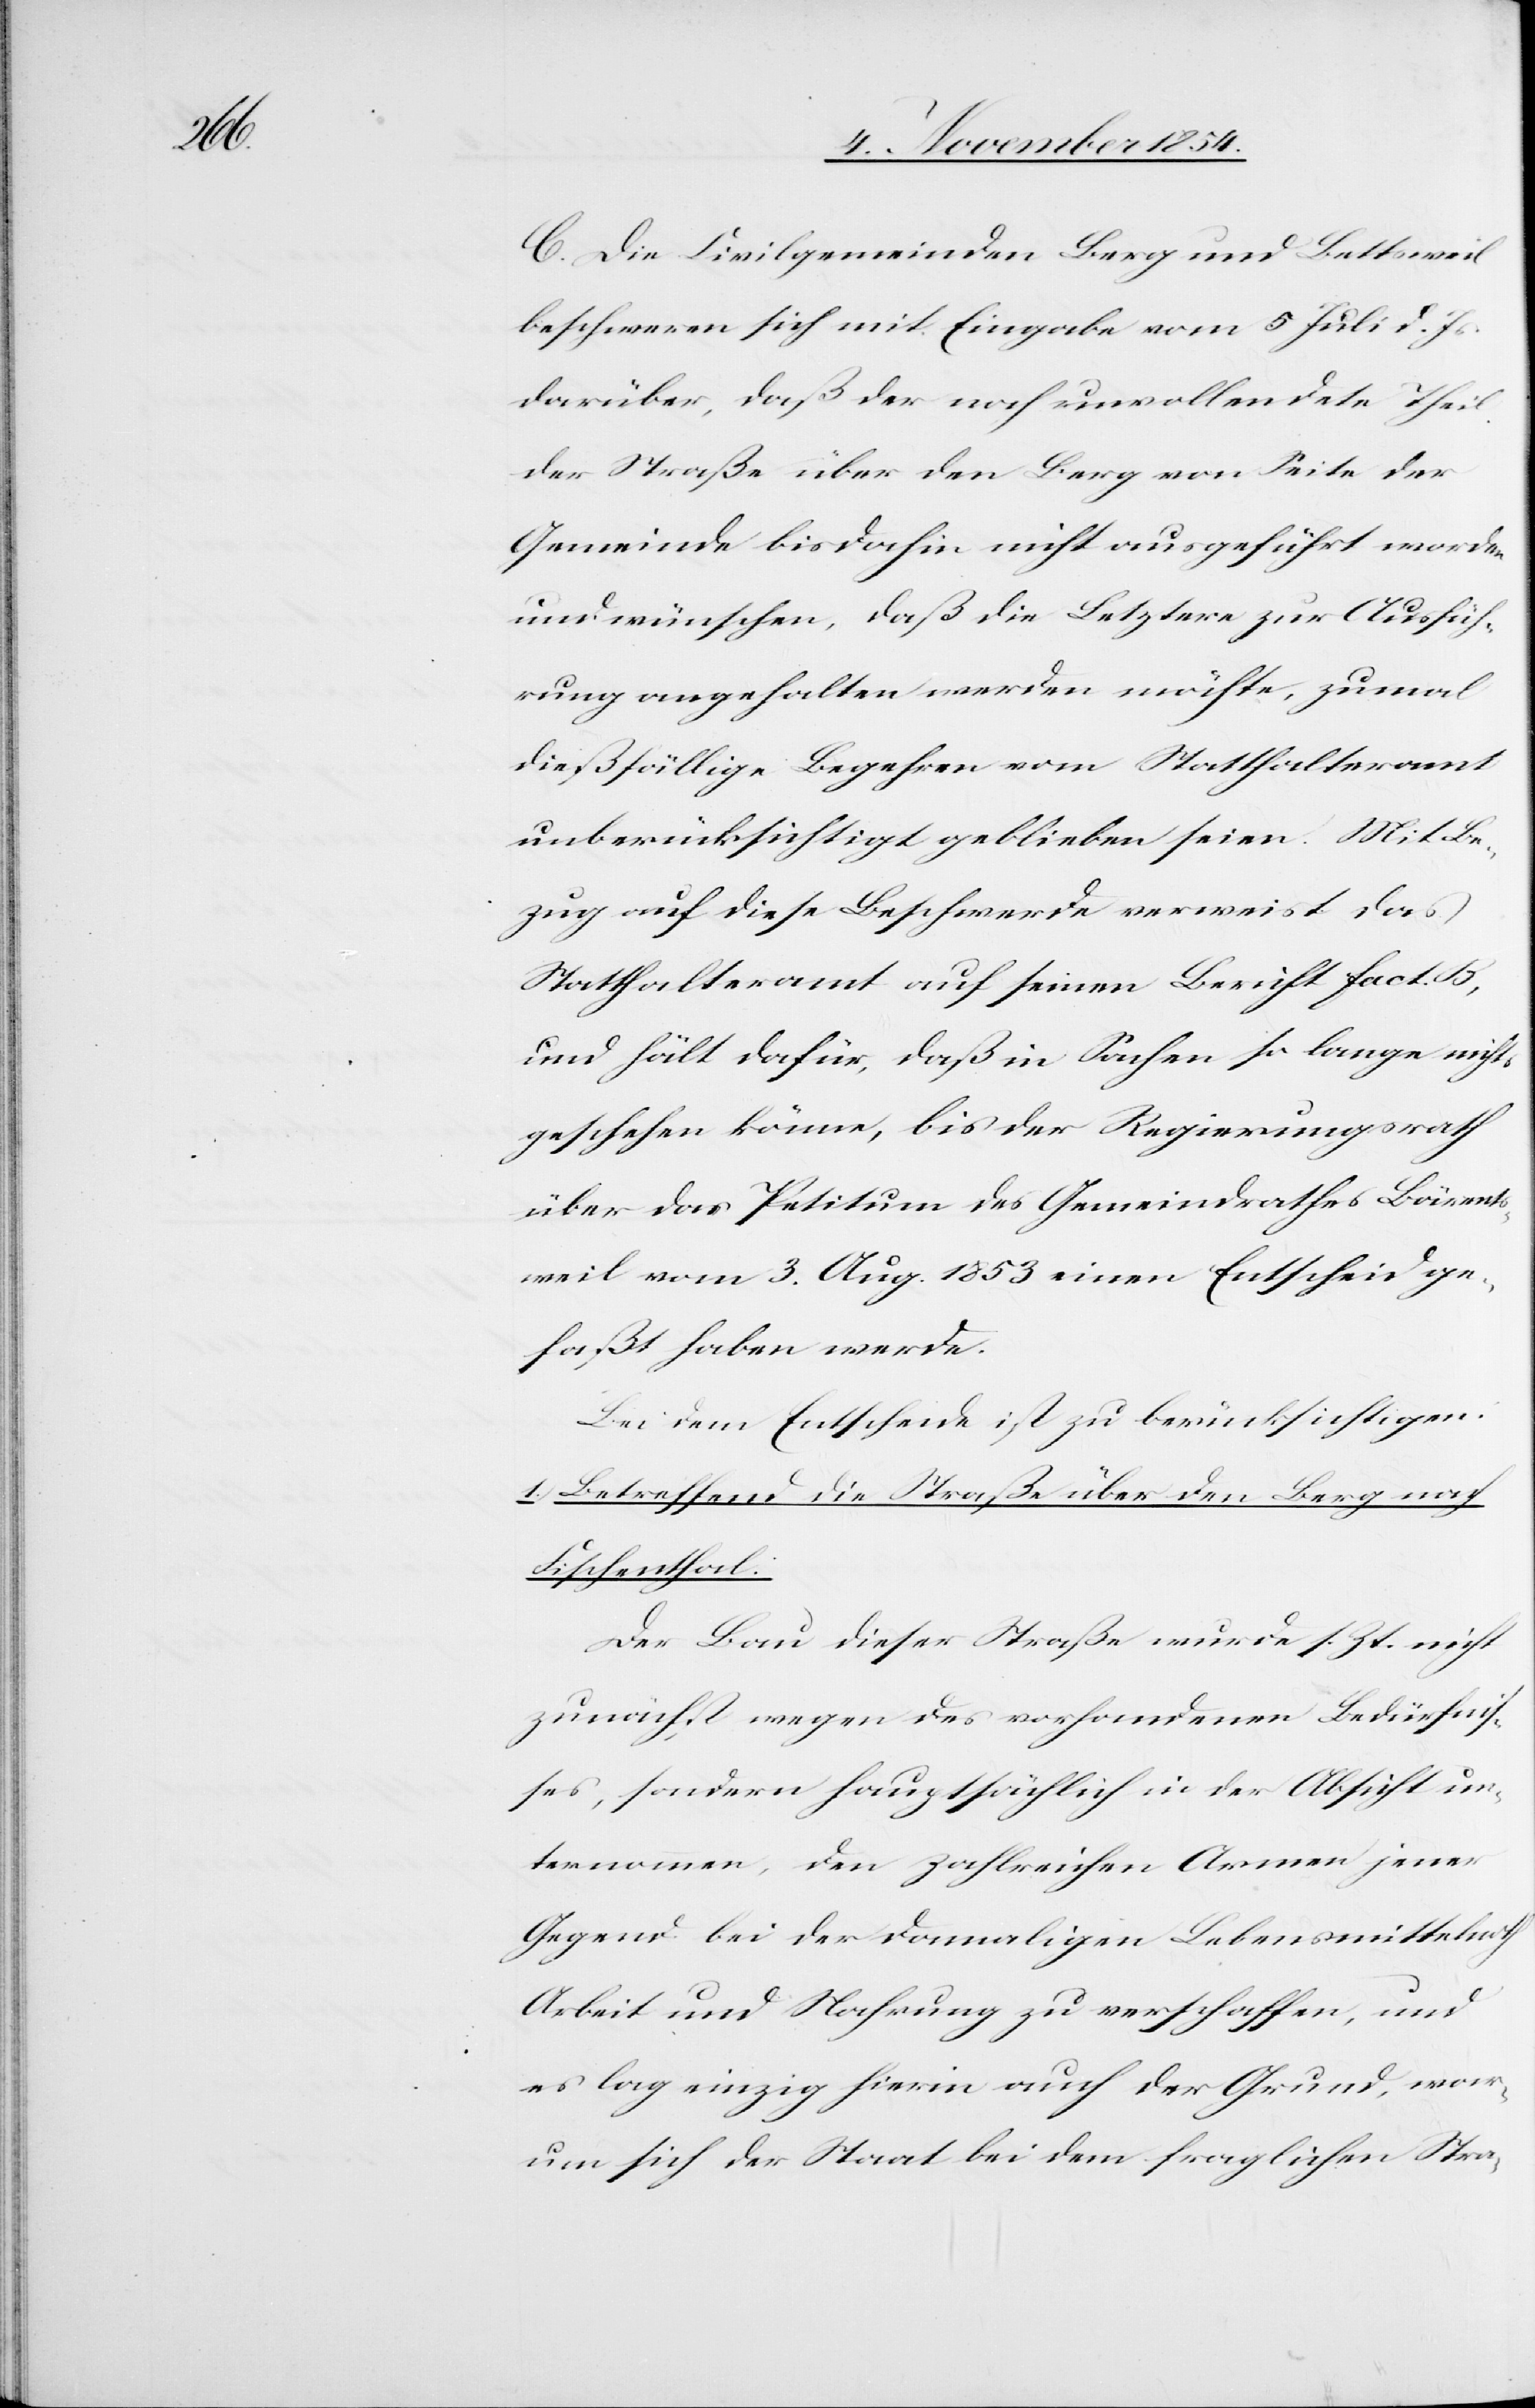
C. Die Civilgemeinden Berg und Bettsweil
beschweren sich mit Eingabe vom 5 Juli d. Js.
darüber, daß der noch unvollendete Teil
der Straße über den Berg von Seite der
Gemeinde bis dahin nicht ausgeführt worden
und wünschen, daß die Letztere zur Ausfüh¬
rung angehalten werden möchte, zumal
dießfällige Begehren vom Statthalteramt
unberücksichtigt geblieben seien. Mit Be¬
zug auf diese Beschwerde verweist das
Statthalteramt auf seinen Bericht fact. B,
und hält dafür, daß in Sachen so lange nichts
geschehen könne, bis der Regierungsrath
über das Petitum des Gemeindrathes Bärents¬
weil vom 3. Aug. 1853 einen Entscheid ge¬
faßt haben werde.
Bei dem Entscheide ist zu berücksichtigen:
1.) Betreffend die Straße über den Berg und
Fischenthal:
Der Bau dieser Straße wurde s. Zt. nicht
zunächst wegen des vorhandenen Bedürfni¬
ßes, sondern hauptsächlich in der Absicht un¬
ternommen, den zahlreichen Armen jener
Gegend bei der damaligen Lebensmittelnoth
Arbeit und Nahrung zu verschaffen, und
es lag einzig hierin auch der Grund, wor¬
um sich der Staat bei dem fraglichen Stra-